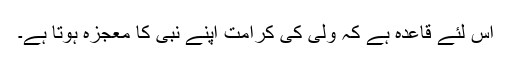
اس لئے قاعدہ ہے کہ ولی کی کرامت اپنے نبی کا معجزہ ہوتا ہے۔